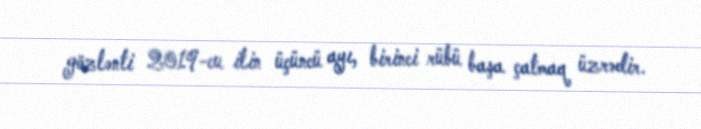
gözlənti 2019-cu ilin üçüncü ayı, birinci rübü başa çatmaq üzrədir.